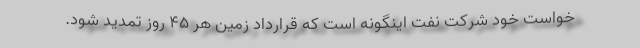
خواست خود شرکت نفت اینگونه است که قرارداد زمین هر 45 روز تمدید شود.